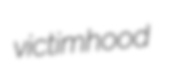
victimhood